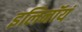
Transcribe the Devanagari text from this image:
इलिनॉयं